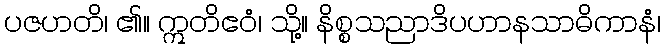
ပဇဟတိ၊ ၏။ ဣတိဧဝံ၊ သို့။ နိစ္စသညာဒိပဟာနသာဓိကာနံ၊